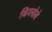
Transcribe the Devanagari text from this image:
बिग्लोबे